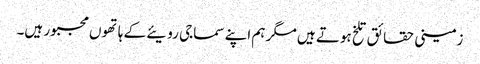
زمینی حقائق تلخ ہوتے ہیں مگر ہم اپنے سماجی رویئے کے ہاتھوں مجبور ہیں۔